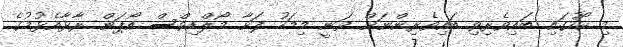
މި ކޯހުގައި ބައިވެރިވި ބައިވެރިންނަށް ވަނީ މިމަހު ފަށާ މޯލްޑިވްސް އޯޕަން ރާޅާއެޅުމުގެ